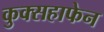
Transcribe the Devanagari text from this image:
कुक्सहाफेन